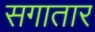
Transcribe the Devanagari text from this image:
सगातार